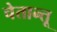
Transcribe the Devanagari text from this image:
चेतान्तू